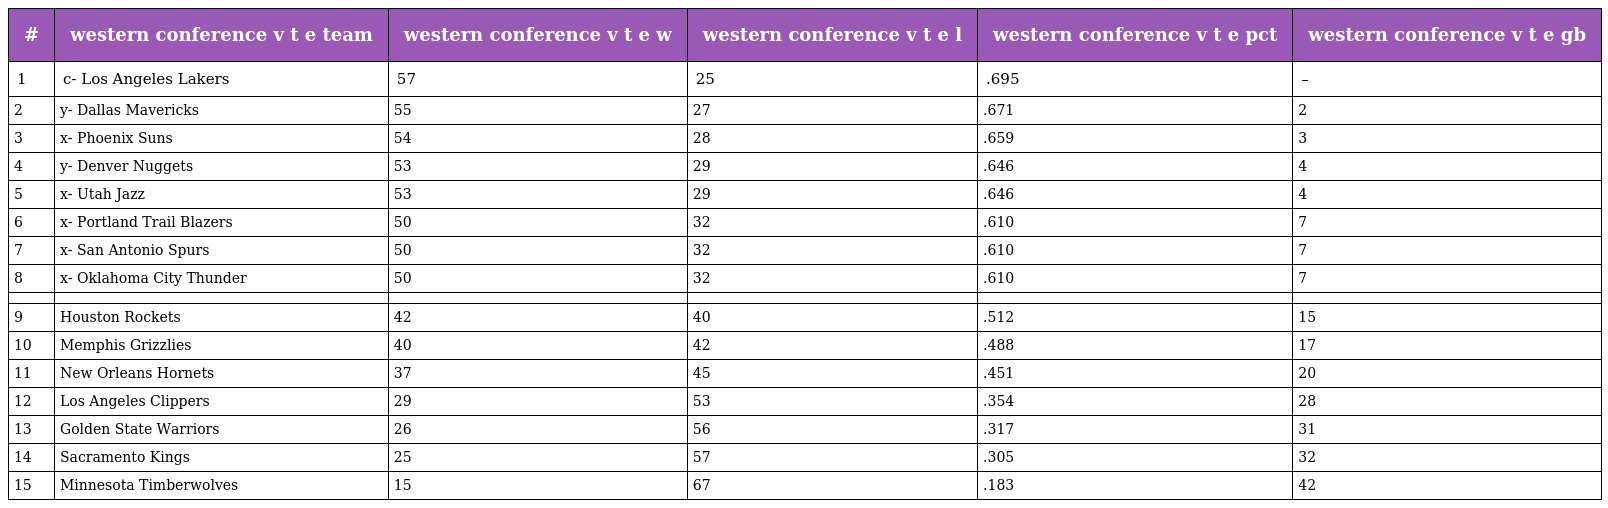
| # | western conference v t e team | western conference v t e w | western conference v t e l | western conference v t e pct | western conference v t e gb |
 | --- | --- | --- | --- | --- | --- |
 | 1 | c- Los Angeles Lakers | 57 | 25 | .695 | – |
 | 2 | y- Dallas Mavericks | 55 | 27 | .671 | 2 |
 | 3 | x- Phoenix Suns | 54 | 28 | .659 | 3 |
 | 4 | y- Denver Nuggets | 53 | 29 | .646 | 4 |
 | 5 | x- Utah Jazz | 53 | 29 | .646 | 4 |
 | 6 | x- Portland Trail Blazers | 50 | 32 | .610 | 7 |
 | 7 | x- San Antonio Spurs | 50 | 32 | .610 | 7 |
 | 8 | x- Oklahoma City Thunder | 50 | 32 | .610 | 7 |
 |  |  |  |  |  |  |
 | 9 | Houston Rockets | 42 | 40 | .512 | 15 |
 | 10 | Memphis Grizzlies | 40 | 42 | .488 | 17 |
 | 11 | New Orleans Hornets | 37 | 45 | .451 | 20 |
 | 12 | Los Angeles Clippers | 29 | 53 | .354 | 28 |
 | 13 | Golden State Warriors | 26 | 56 | .317 | 31 |
 | 14 | Sacramento Kings | 25 | 57 | .305 | 32 |
 | 15 | Minnesota Timberwolves | 15 | 67 | .183 | 42 |